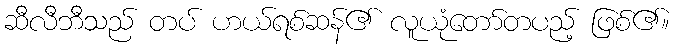
ဆီလီဘီသည် တပ် ဟယ်ရစ်ဆန်၏ လူယုံတော်တပည့် ဖြစ်၏။